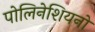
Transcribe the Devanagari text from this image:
पोलिनेशियनों